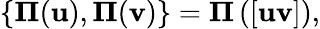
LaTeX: {}\{ {\mathbf\Pi}({\mathbf u}),{\mathbf\Pi}({\mathbf v})\} ={\mathbf\Pi}\left([{\mathbf u}{\mathbf v}]\right),